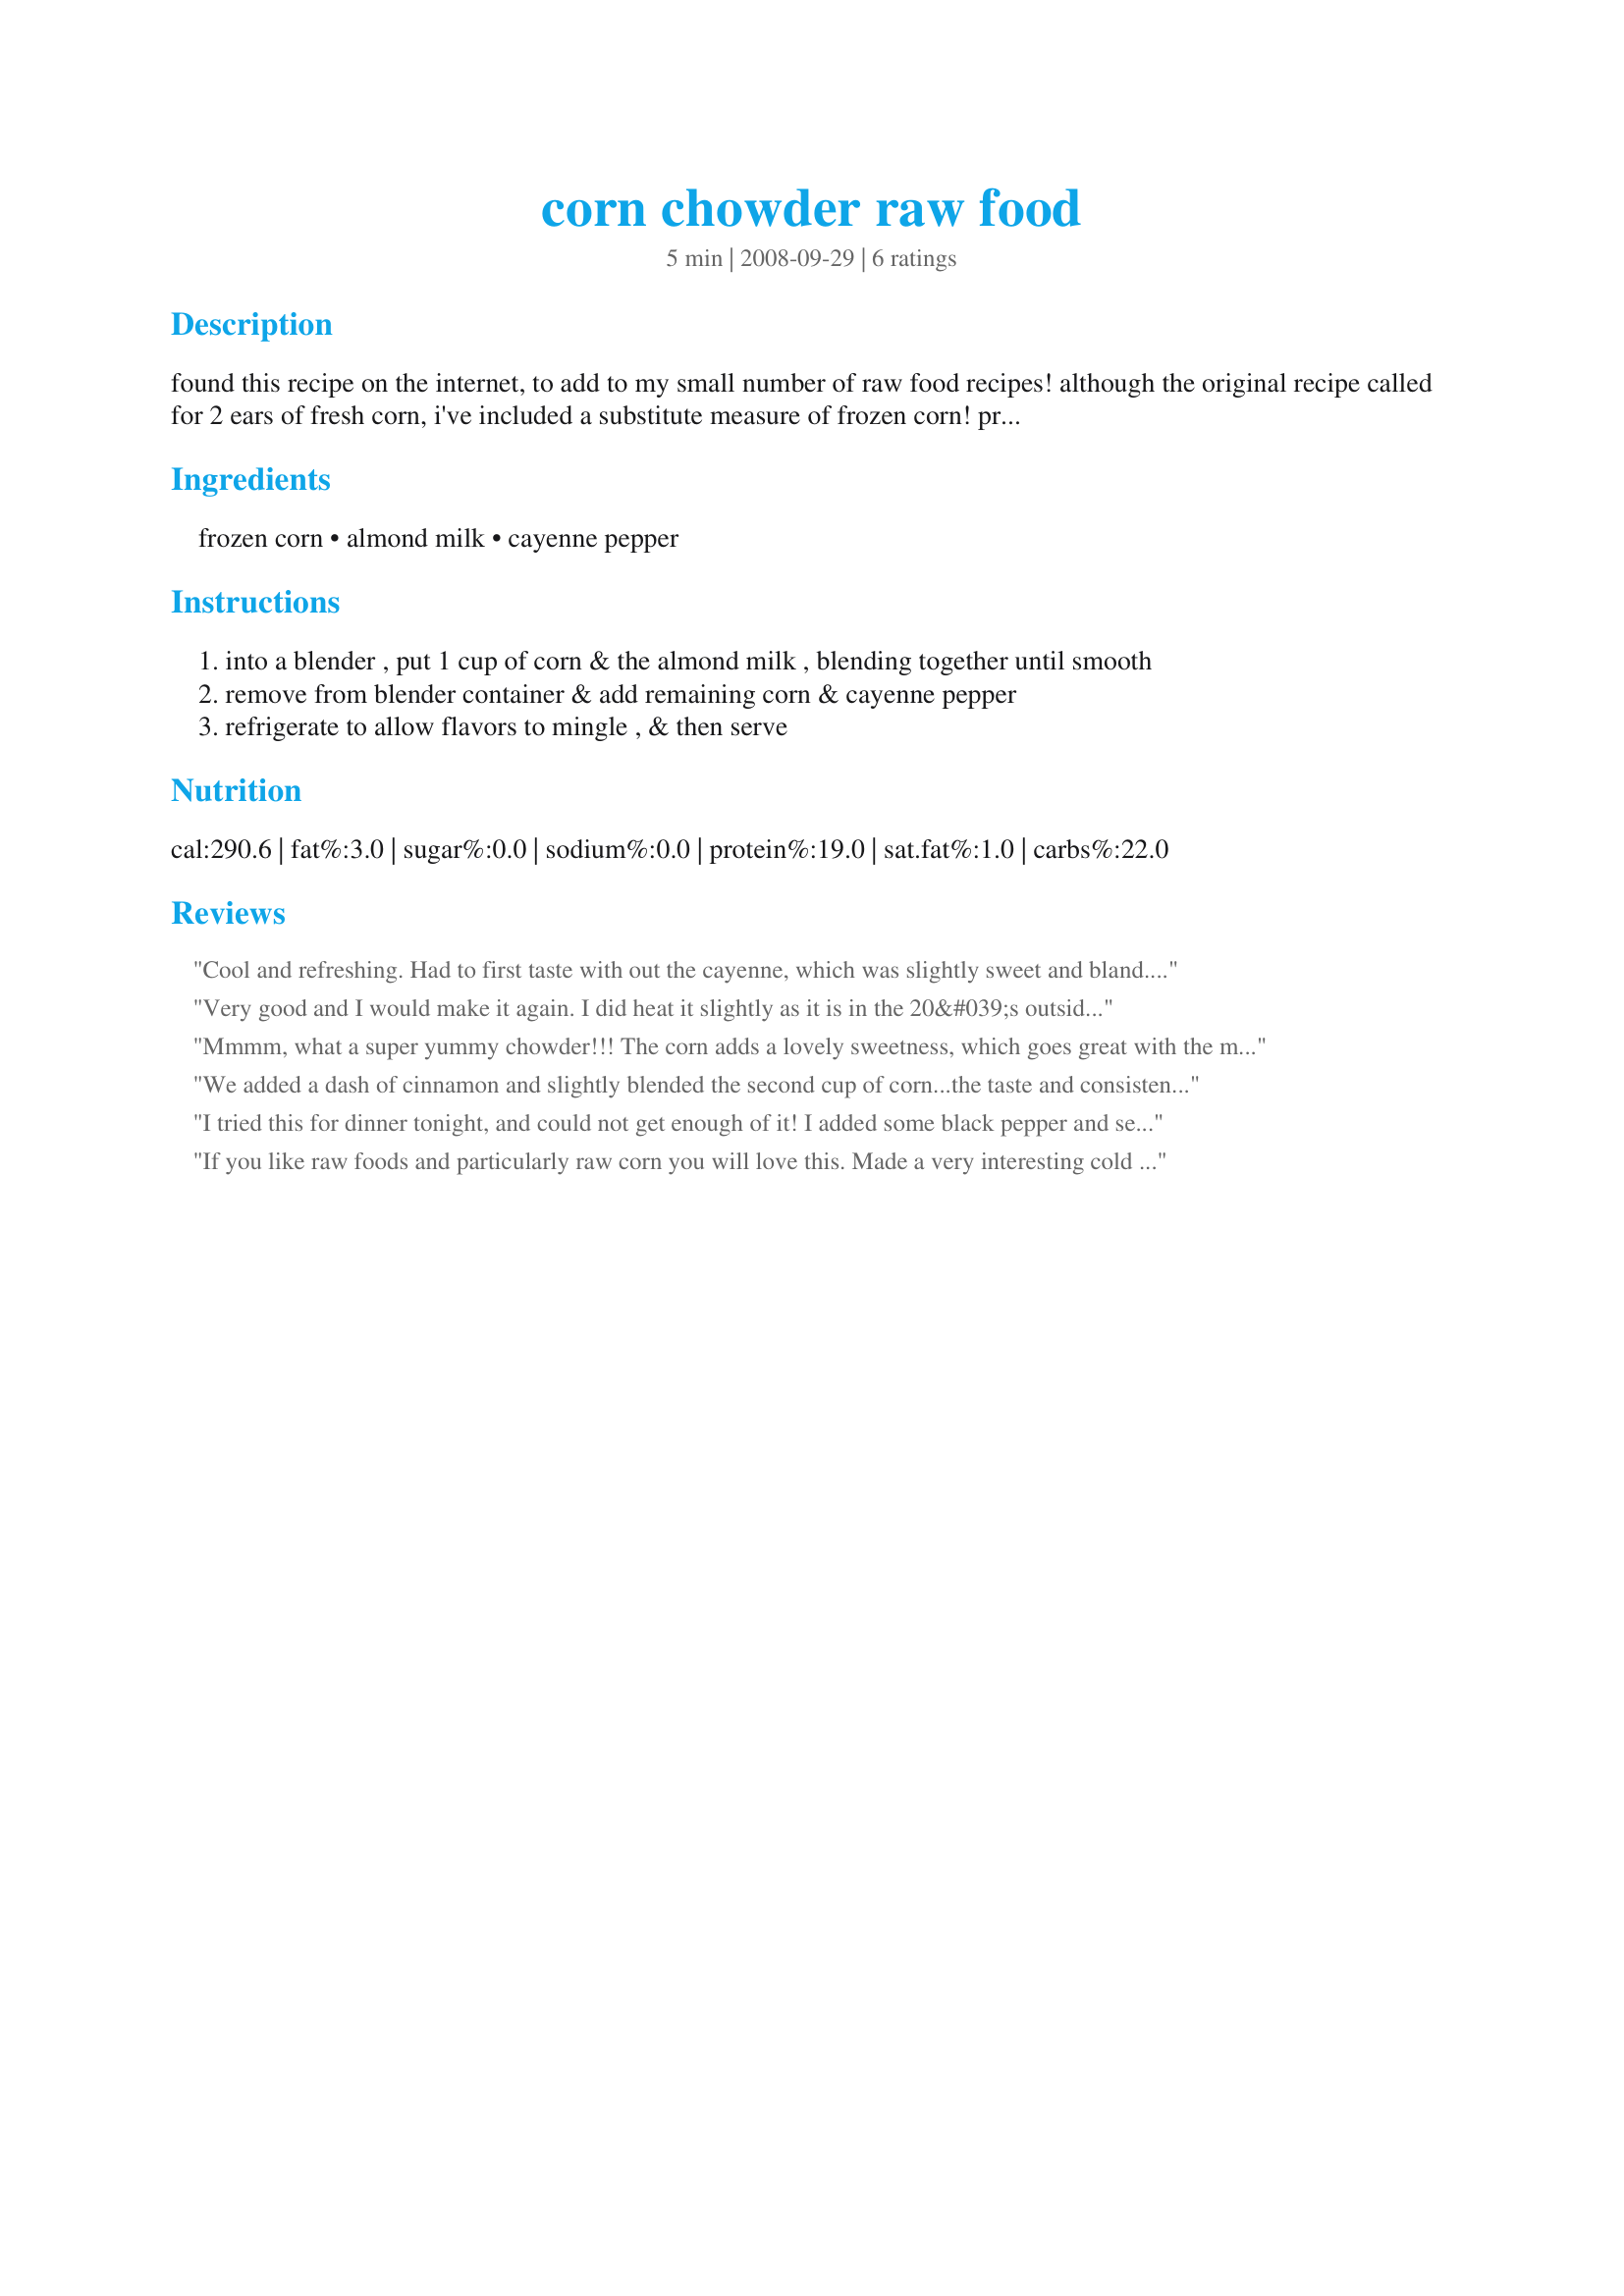
corn chowder raw food
Preparation time: 5 minutes

found this recipe on the internet, to add to my small number of raw food recipes! although the original recipe called for 2 ears of fresh corn, i've included a substitute measure of frozen corn! preparation time does not include the time needed for chowder to chill!

Ingredients:
frozen corn, almond milk, cayenne pepper

Steps:
into a blender , put 1 cup of corn & the almond milk , blending together until smooth
remove from blender container & add remaining corn & cayenne pepper
refrigerate to allow flavors to mingle , & then serve

Reviews:
Cool and refreshing. Had to first taste with out the cayenne, which was slightly sweet and bland. Add cayenne to DH which gave it an interesting kick. Put mine back in the blender with a little crystallized ginger, which gave it a nice twist. Would be good on one of our many hundred plus days.
Very good and I would make it again. I did heat it slightly as it is in the 20&#039;s outside and I felt I needed to warm up. Thanks.
Mmmm, what a super yummy chowder!!!
The corn adds a lovely sweetness, which goes great with the milk and the heat of the cayenne pepper.
I used your Recipe #375184 in place of the pure almond milk and thought that the vanilla added a very nice touch to the whole dish. :)
Im not much into raw foods, but this is exceptionally good, so that Ill certainly make it again!
THANKS for sharing another wonderful recipe with us, Syd!
Made and reviewed for my chosen chef in Veggie Swap #15 Octobre 09.
We added a dash of cinnamon and slightly blended the second cup of corn...the taste and consistency is very similar to rice pudding!
I tried this for dinner tonight, and could not get enough of it! I added some black pepper and seas salt and pureed the heck out of the mixture (fresh corn of course). And because I really miss my hot soup....I put it on stove to heat it to 110 degrees (using a meat thermometer to monitor the temperature). I have a feeling, if I serve it to people who are not following a raw food diet, they may not even realize it is "raw"! ;-)
If you like raw foods and particularly raw corn you will love this. Made a very interesting cold soup with a tingle from the cayenne! Could not have been easier to make!
